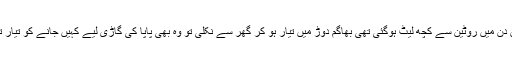
اس دن میں روٹین سے کچھ لیٹ ہوگئی تھی بھاگم دوڑ میں تیار ہو کر گھر سے نکلی تو وہ بھی پاپا کی گاڑی لیے کہیں جانے کو تیار تھا۔